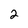
Character: 2